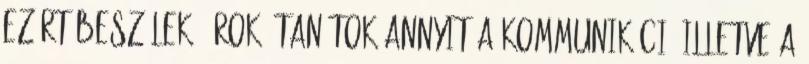
Ezért beszélek, írok, tanítok annyit a kommunikáció illetve a